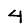
Digit: 4